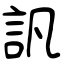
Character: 訉